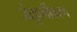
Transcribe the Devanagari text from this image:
जंतुवर्गीकरण